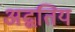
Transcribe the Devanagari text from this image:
अद्वतिय